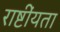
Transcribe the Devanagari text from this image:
राष्टींयता